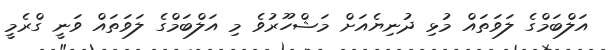
އަލްބަމްގެ ލަވަތައް މުޅި ދުނިޔެއަށް މަޝްހޫރުވެ މި އަލްބަމްގެ ލަވަތައް ވަނީ ގްރެމީ